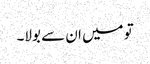
تو میں ان سے بولا۔